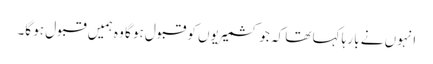
انہوں نے با رہا کہا تھا کہ جو کشمیریوں کو قبول ہو گا وہ ہمیں قبول ہو گا۔